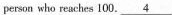
person who reaches 100.\underline{4}